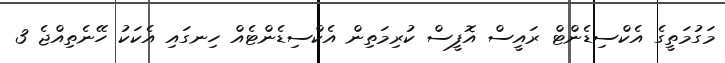
މަގުމަތީގެ އެކްސިޑެންޓް ރައީސް އޮފީސް ކުރިމަތިން އެކްސިޑެންޓެއް ހިނގައި އެކަކު ހޭނެތިއްޖެ 3